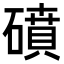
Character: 𥖀